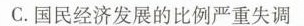
C.国民经济发展的比例严重失调